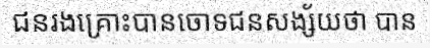
ជនរងគ្រោះបានចោទជនសង្ស័យថា បាន